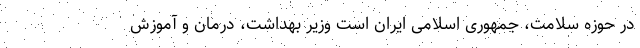
در حوزه سلامت، جمهوری اسلامی ایران است وزیر بهداشت، درمان و آموزش